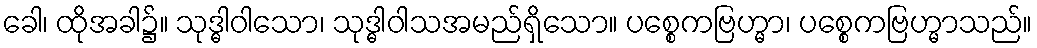
ခေါ၊ ထိုအခါ၌။ သုဒ္ဓါဝါသော၊ သုဒ္ဓါဝါသအမည်ရှိသော။ ပစ္စေကဗြဟ္မာ၊ ပစ္စေကဗြဟ္မာသည်။